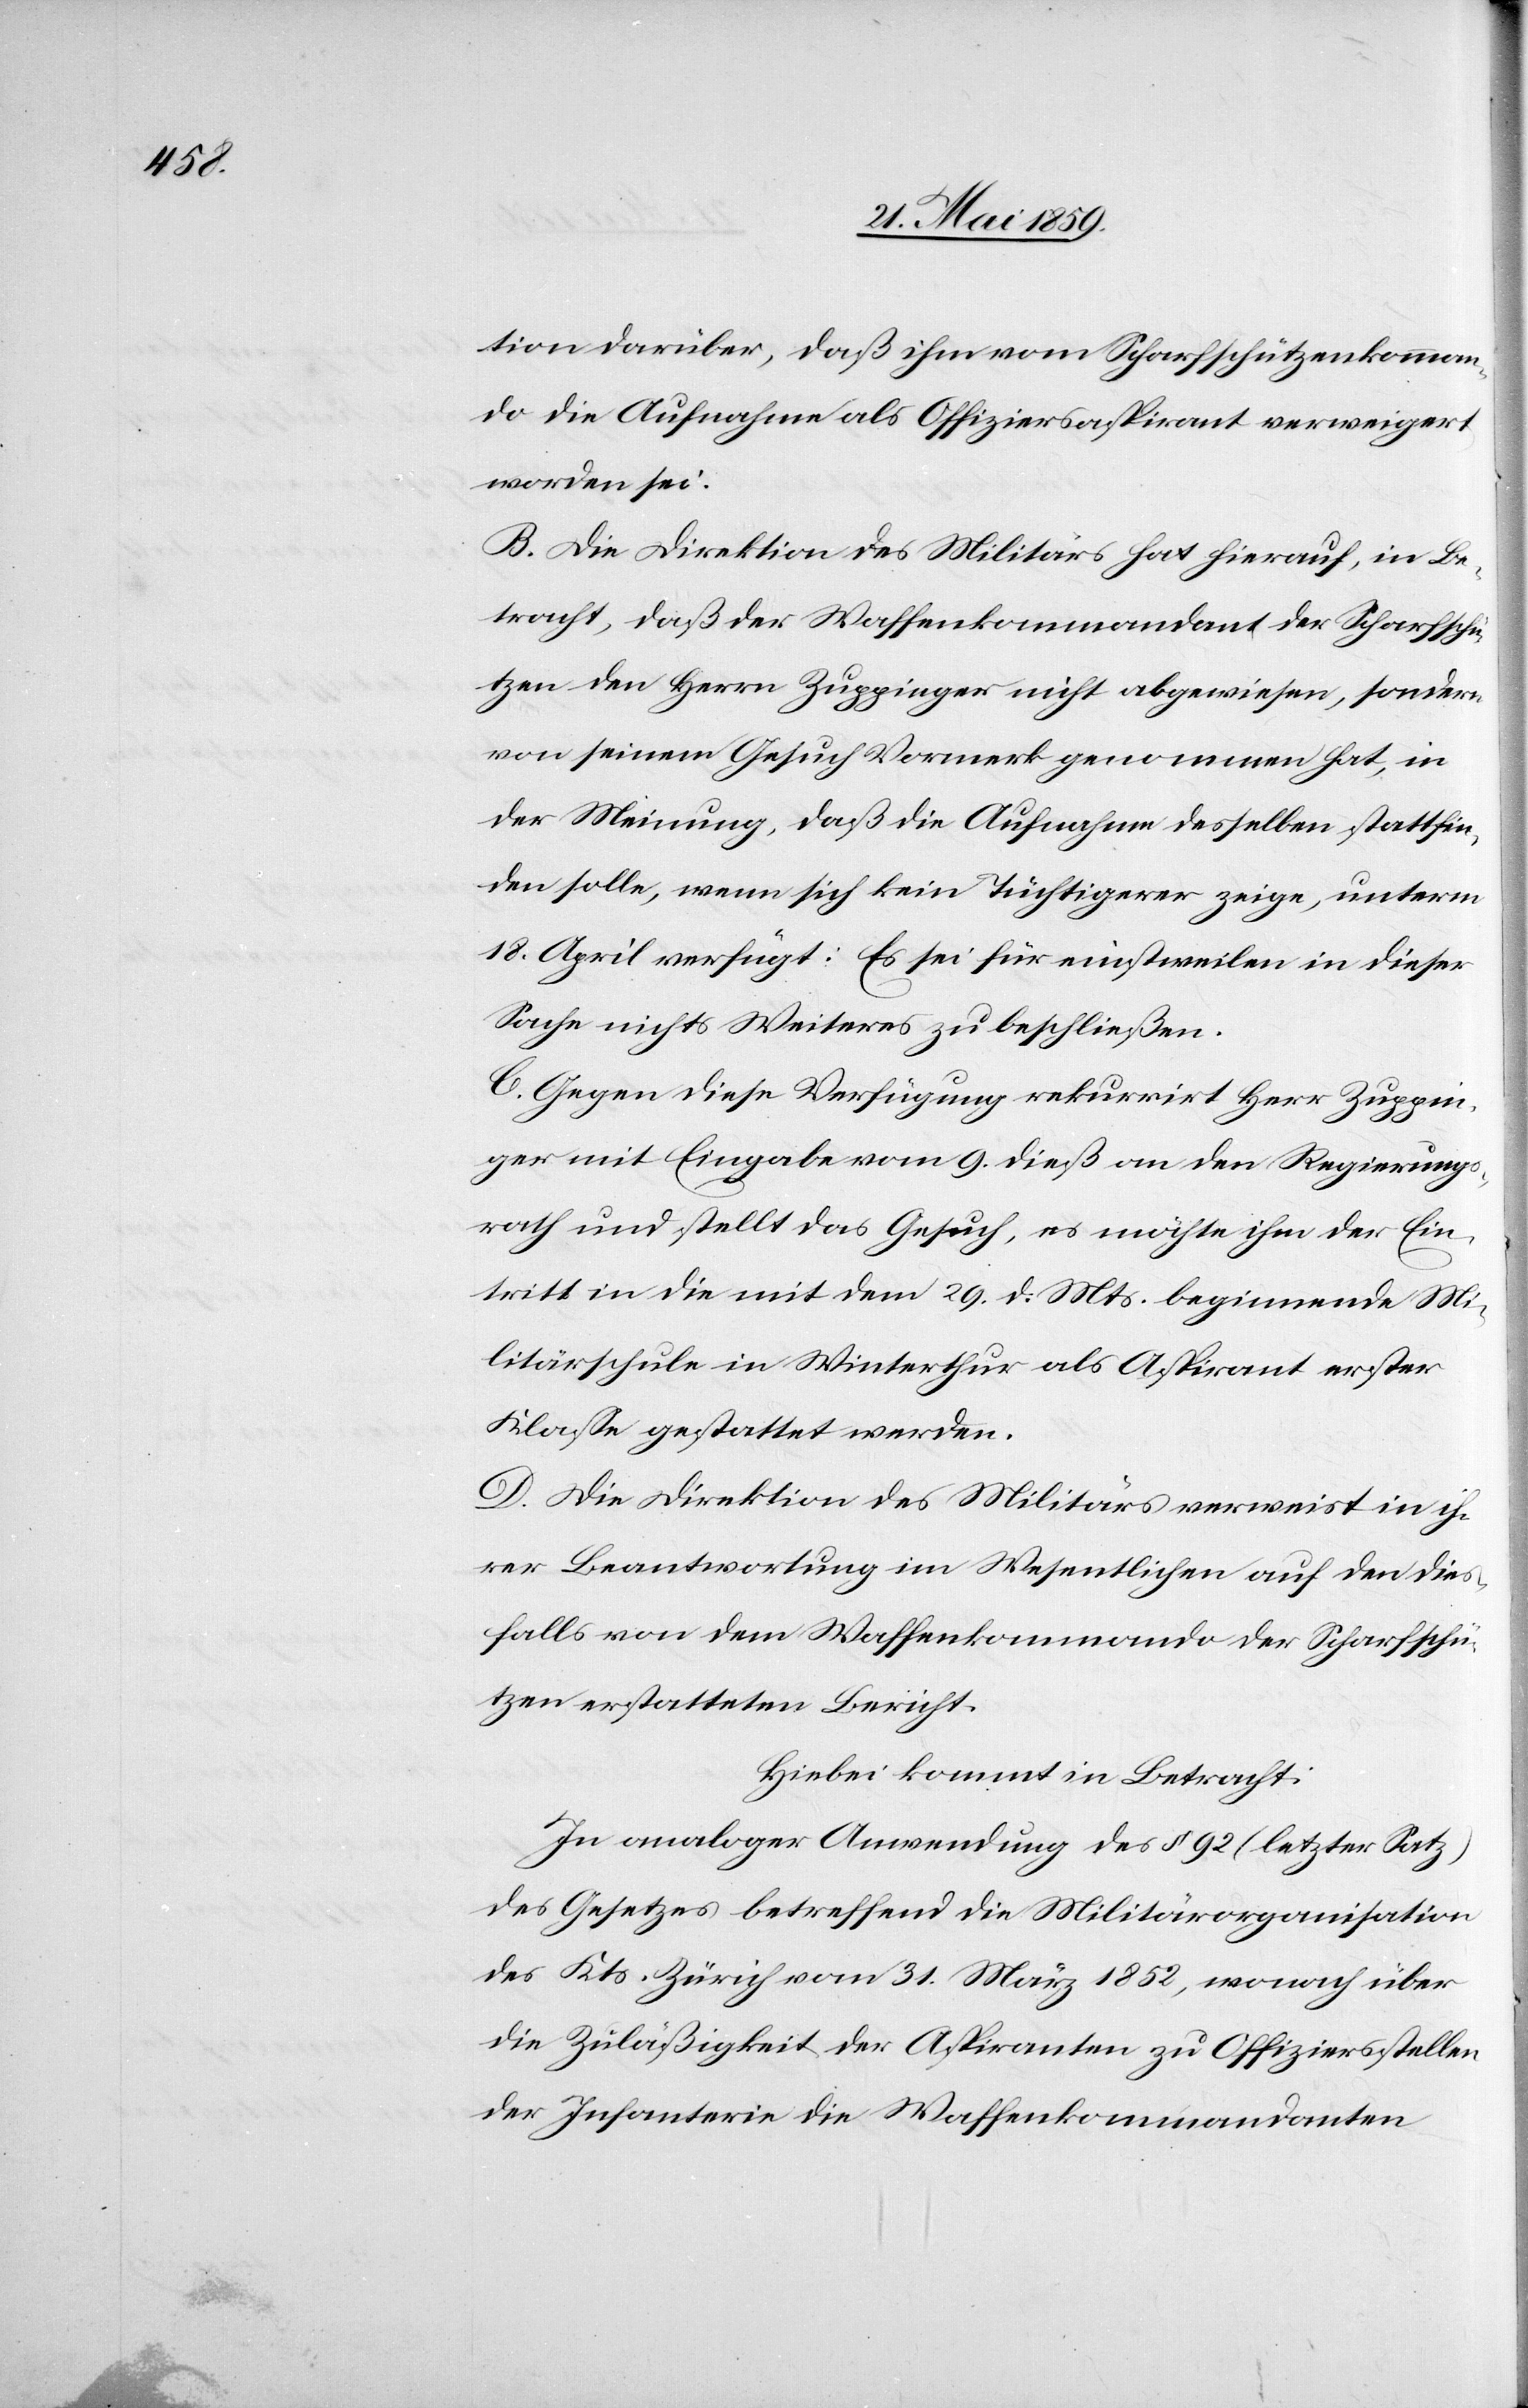
tion darüber, daß ihm vom Scharfschützenkomman¬
do die Aufnahme als Offiziersaspirant verweigert
worden sei.
B. Die Direktion des Militärs hat hierauf, in Be¬
tracht, daß der Waffenkommandant der Scharfschü¬
tzen den Herrn Zuppinger nicht abgewiesen, sondern
von seinem Gesuch Vormerk genommen hat, in
der Meinung, daß die Aufnahme desselben stattfin¬
den solle, wenn sich kein Tüchtigerer zeige, unterm
18. April verfügt: Es sei für einstweilen in dieser
Sache nichts Weiteres zu beschließen.
C. Gegen diese Verfügung rekurriert Herr Zuppin¬
ger mit Eingabe vom 9. dieß an den Regierungs¬
rath und stellt das Gesuch, es möchte ihm der Ein¬
tritt in die mit dem 29. d. Mts. beginnende Mi¬
litärschule in Winterthur als Aspirant erster
Klasse gestattet werden.
D. Die Direktion des Militärs verweist in ih¬
rer Beantwortung im Wesentlichen auf den dies¬
falls von dem Waffenkommando der Scharfschü¬
tzen erstatteten Bericht.
Hierbei kommt in Betracht:
In analoger Anwendung des § 92 (letzter Satz)
des Gesetzes betreffend die Militärorganisation
des Kts. Zürich vom 31. März 1852, wonach über
die Zuläßigkeit der Aspiranten zu Offiziersstellen
der Infanterie die Waffenkommandanten